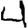
Digit: 4